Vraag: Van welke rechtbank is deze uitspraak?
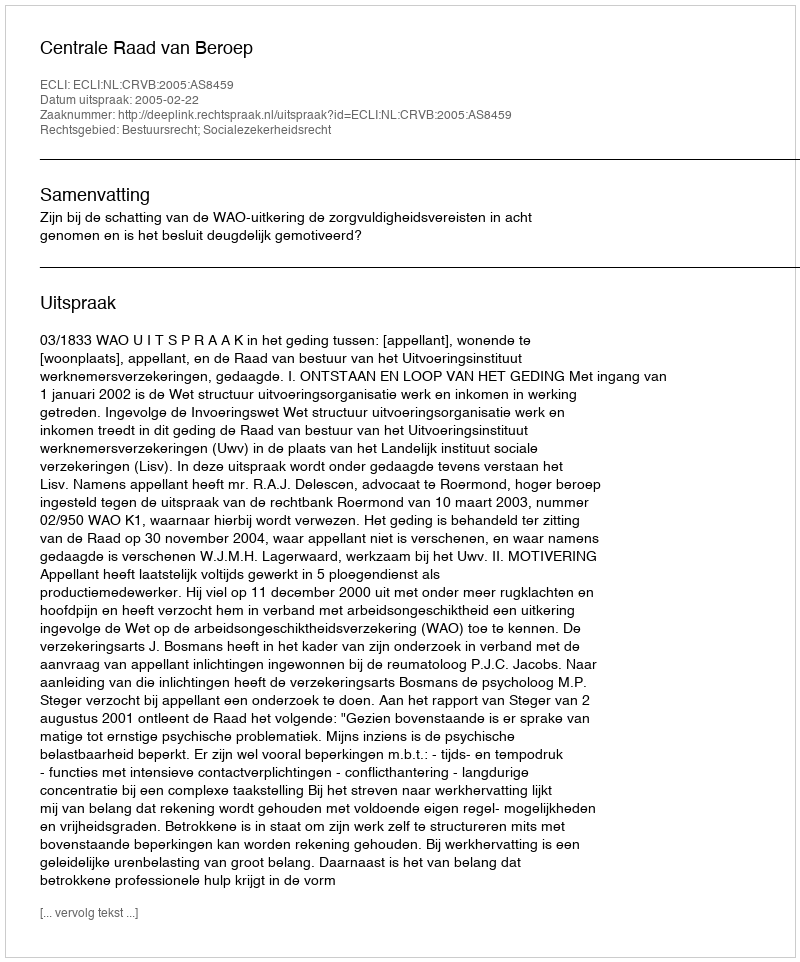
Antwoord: Centrale Raad van Beroep